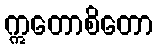
ဣတောစိတော